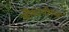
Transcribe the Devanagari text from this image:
कौस्टवोल्ड